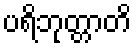
ပရိဘုတ္တာတိ